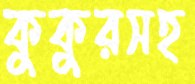
কুকুরসহ